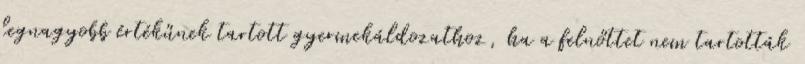
legnagyobb értékűnek tartott gyermekáldozathoz, ha a felnőttet nem tartották